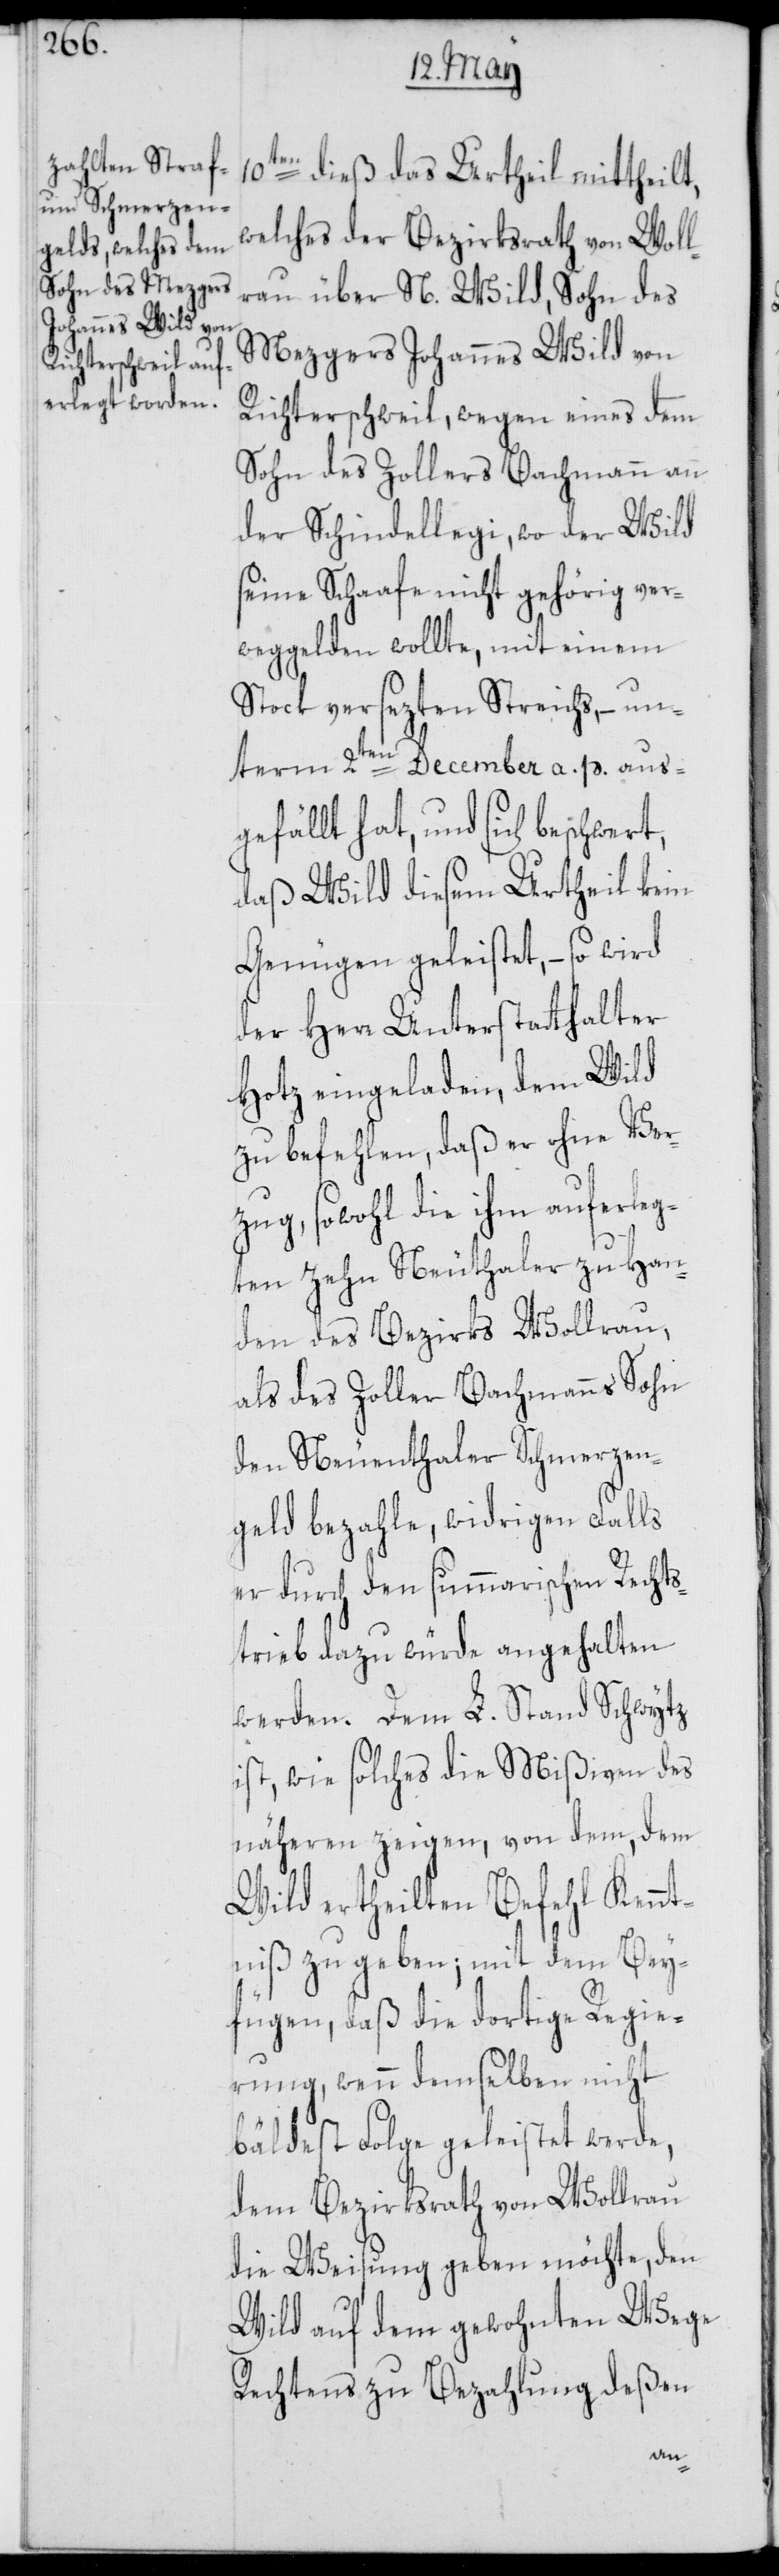
10ten dieß das Urtheil mittheilt,
welches der Bezirksrath von Woll¬
rau über N. Wild, Sohn des
Mezgers Johannes Wild von
Richterschweil, wegen eines dem
Sohn des Zollers Bachmann an
der Schindellegi, wo der Wild
seine Schaafe nicht gehörig ver¬
weggelden wollte, mit einem
Stock versezten Streichs, – un¬
term 2ten December a. p. aus¬
gefällt hat, und sich beschwert,
daß Wild diesem Urtheil kein
Genügen geleistet, – so wird
der Herr Unterstatthalter
Hotz eingeladen, dem Wild
zu befehlen, daß er ohne Ver¬
zug, sowohl die ihm auferle¬
gten zehn Neuthaler zu Han¬
den des Bezirks Wollrau,
als des Zoller Bachmanns Sohn
den Neuenthaler Schmerzen¬
geld bezahle, widrigen Falls
er durch den summarischen Rechts¬
trieb dazu würde angehalten
werden. Dem L. Schwytz
ist, wie solches die Mißiven des
näheren zeigen, von dem, dem
Wild ertheilten Befehl Kennt¬
niß zu geben; mit dem Bey¬
fügen, daß die dortige Regie¬
rung, wenn demselben nicht
bäldest Folge geleistet werde,
dem Bezirksrath von Wollrau
die Weisung geben möchte, den
Wild auf dem gewohnten Wege
Rechtens zu Bezahlung deßen